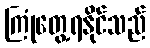
ကြုံတွေ့ရနိုင်သည်